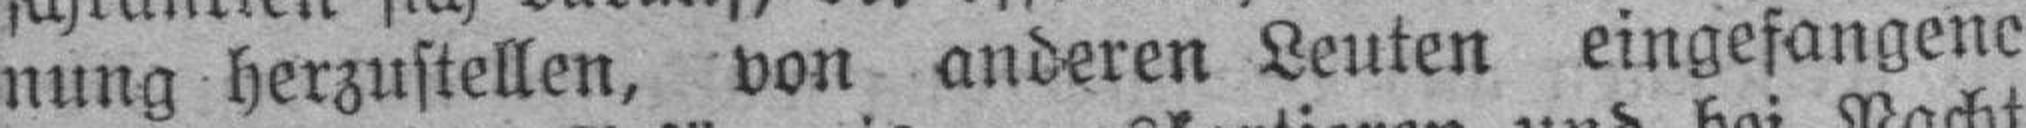
nung herzustellen, von anderen Leuten eingefangene